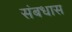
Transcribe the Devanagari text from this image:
संबधास